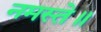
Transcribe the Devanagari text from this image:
नमस्ते॥